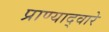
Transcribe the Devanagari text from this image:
प्राण्याद्वारे